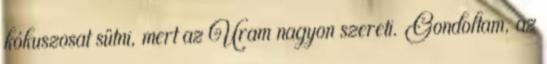
kókuszosat sütni, mert az Uram nagyon szereti. Gondoltam, az